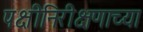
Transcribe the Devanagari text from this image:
पक्षीनिरीक्षणाच्या